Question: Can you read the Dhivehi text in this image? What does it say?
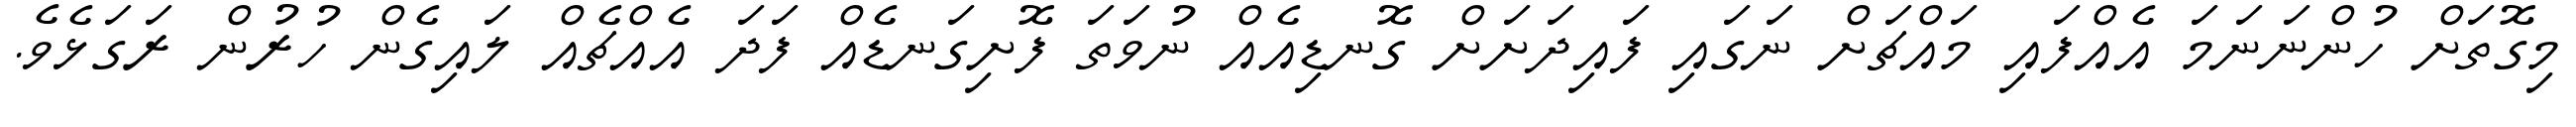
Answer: މިގޮތަށް ހުންނަނަމަ އެއްފައި މައްޗަށް ނަގައި ފައިދަށަށް ގޮނޑިއެއް ނުވަތަ ފޮށިގަނޑެއް ފަދަ އެއްޗެއް ލައިގެން ހުރުން ރަގަޅެވެ.